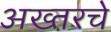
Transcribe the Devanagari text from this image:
अख्तरचे